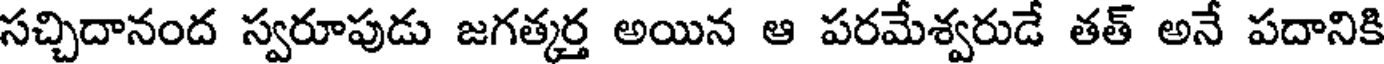
సచ్చిదానంద స్వరూపుడు జగత్కర్త అయిన ఆ పరమేశ్వరుడే తత్ అనే పదానికి